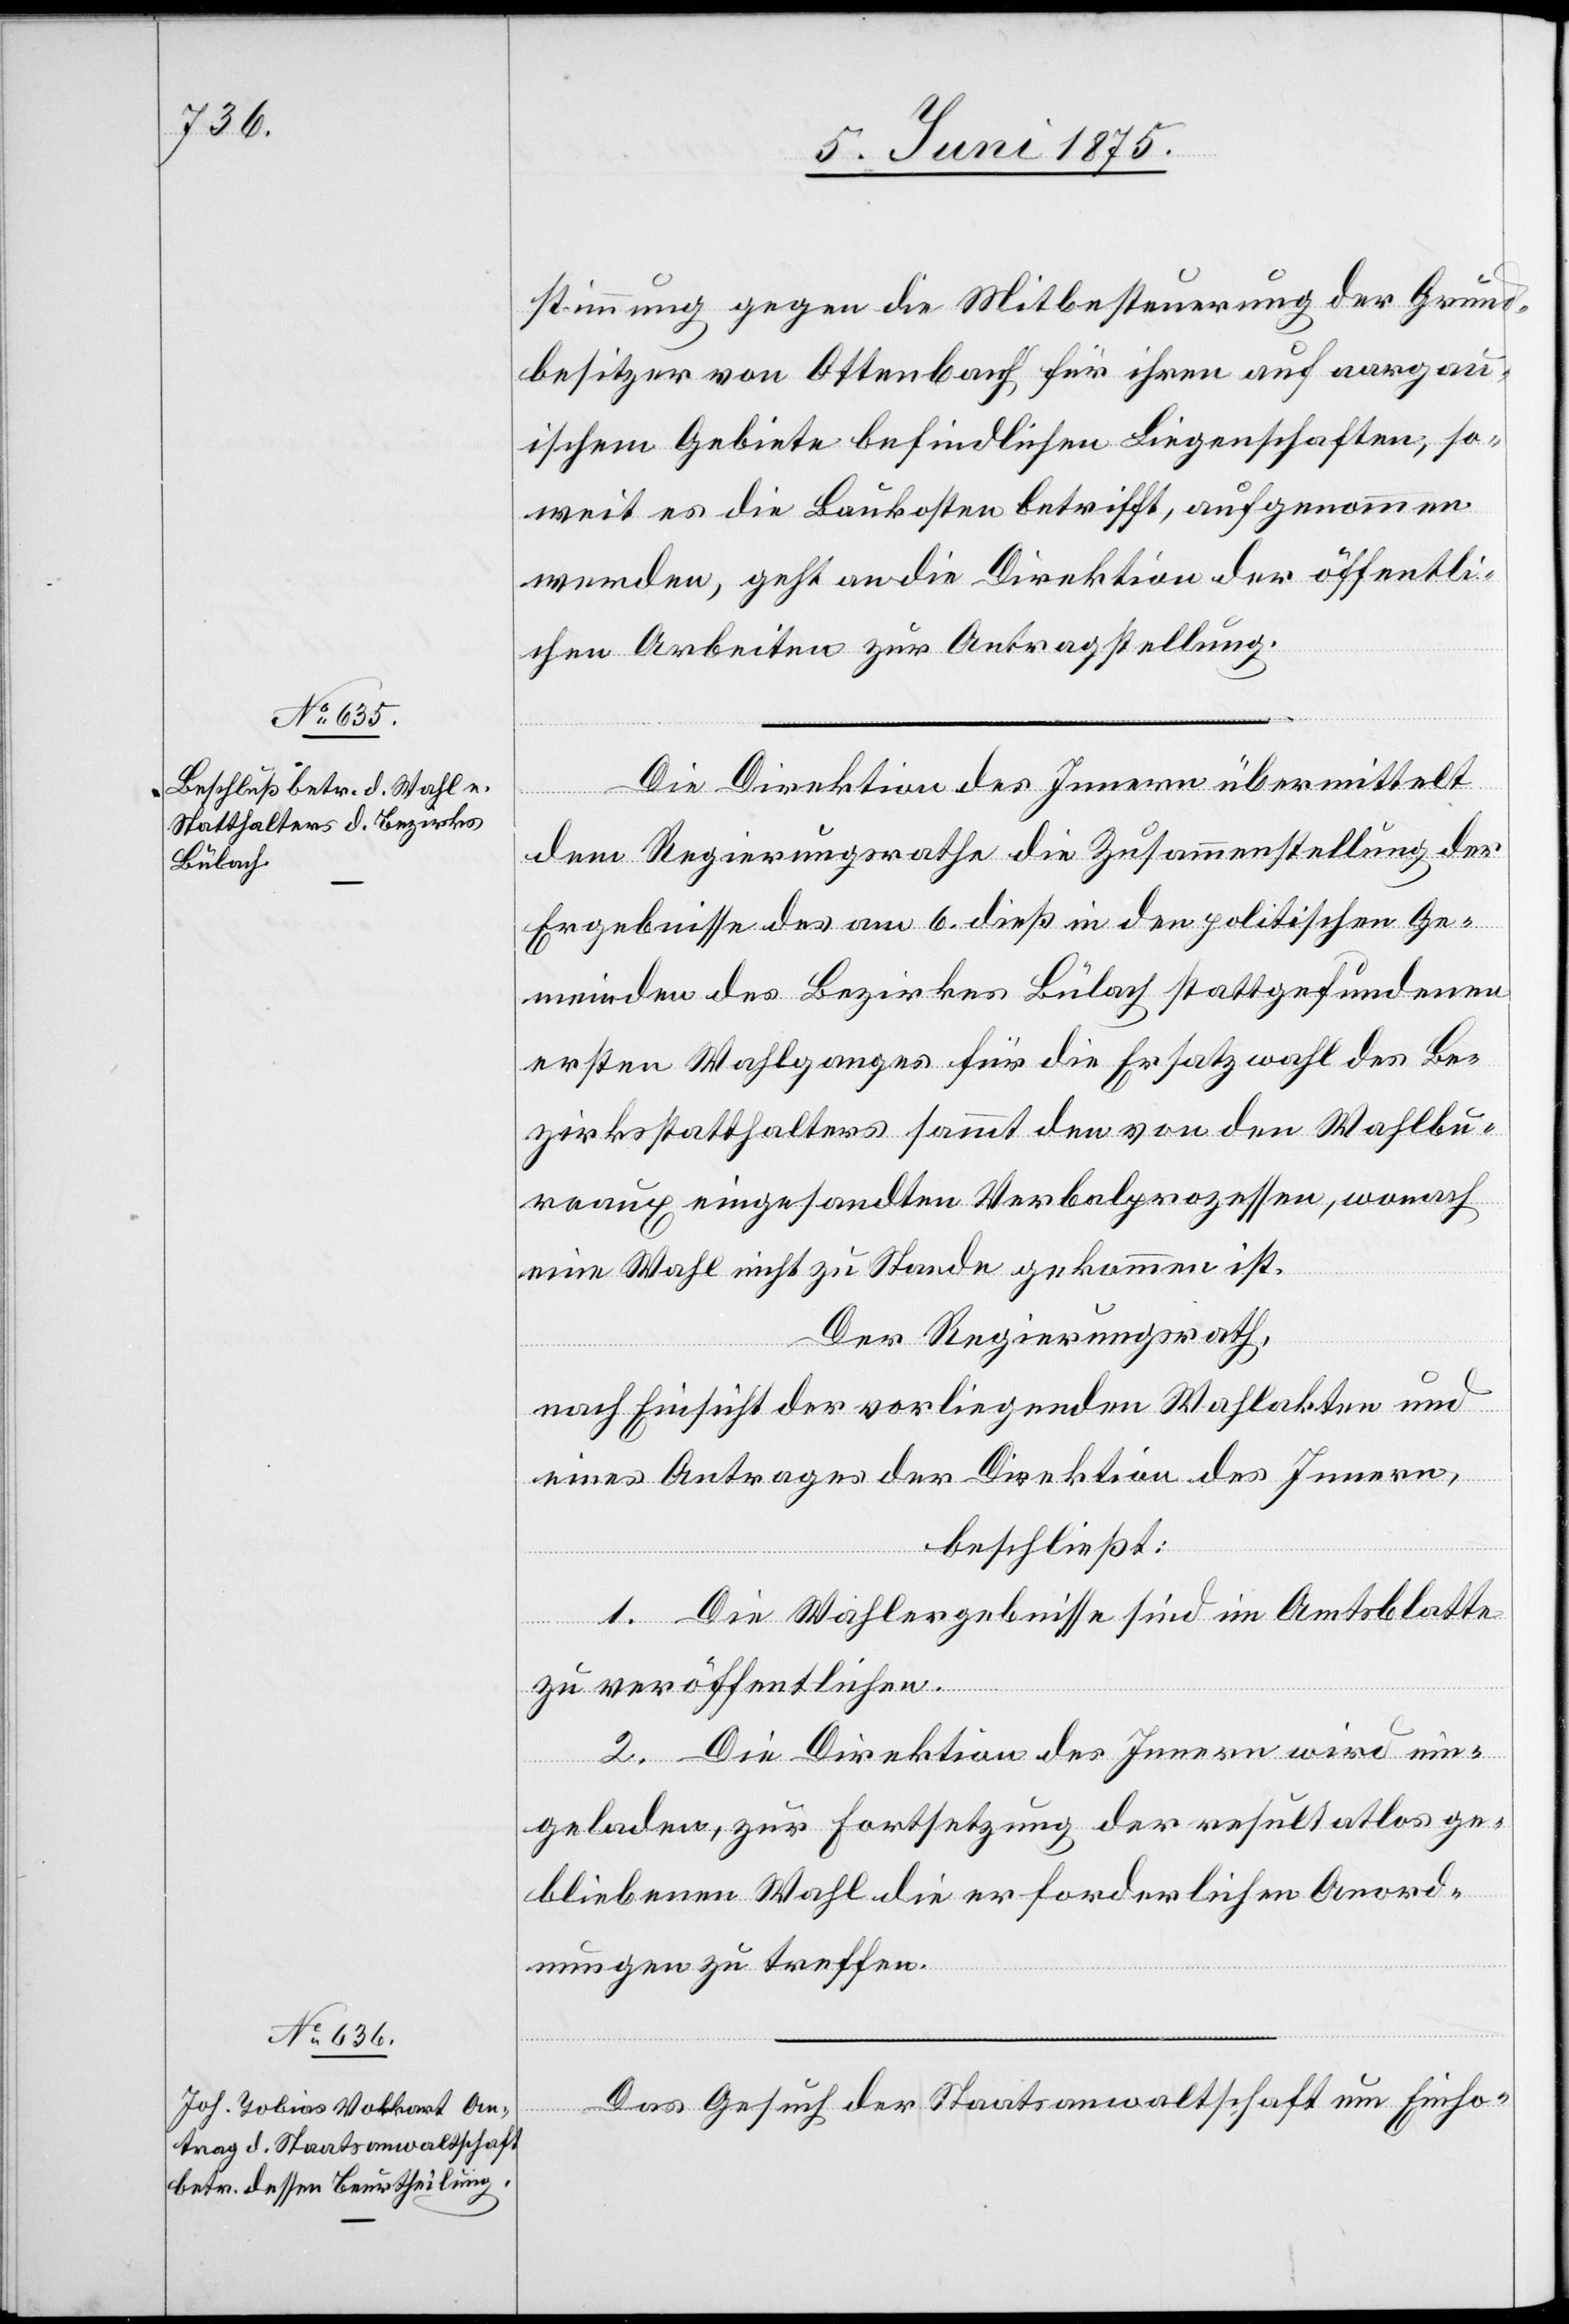
8. Juni 1875.]
stimmung gegen die Mitbesteuerung der Grund¬
besitzer von Ottenbach für ihren auf aargau¬
ischem Gebiete befindlichen Liegenschaften, so¬
weit es die Baukosten betrifft, aufgenommen
werden, geht an die Direktion der öffentli¬
chen Arbeiten zur Antragstellung.
Die Direktion des Innern übermittelt
dem Regierungsrathe die Zusammenstellung der
Ergebnisse des am 6. dieß in den politischen Ge¬
meinden des Bezirkes Bülach stattgefundenen
ersten Wahlganges für die Ersatzwahl des Be¬
zirksstatthalteramtes sammt den von den Wahlbu¬
reaux eingesandten Verbalprozessen, wonach
eine Wahl nicht zu Stande gekommen ist.
Der Regierungsrath,
nach Einsicht der vorliegenden Wahlakten und
eines Antrages der Direktion des Innern,
beschließt:
1. Die Wahlergebnisse sind im Amtsblatte
zu veröffentlichen.
2. Die Direktion des Innern wird ein¬
geladen, zur Fortsetzung der resultatlos ge¬
bliebenen Wahl die erforderlichen Anord¬
nungen zu treffen.
Das Gesuch der Staatsanwaltschaft um Einho-